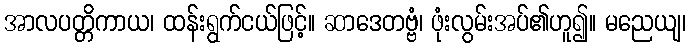
အာလပတ္တိကာယ၊ ထန်းရွက်ငယ်ဖြင့်။ ဆာဒေတဗ္ဗံ၊ ဖုံးလွမ်းအပ်၏ဟူ၍။ မညေယျ၊